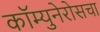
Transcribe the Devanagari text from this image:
कॉम्युनेरोसचा